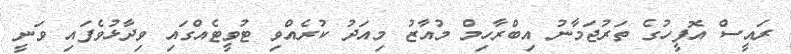
ރައީސް އޮފީހުގެ ތަރުޖަމާނު އިބްރާހިމް މުއާޒު މިއަދު ކުރެއްވި ޓުވީޓެއްގައި ވިދާޅުވެފައި ވަނީ